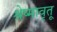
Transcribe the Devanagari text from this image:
श्रेष्मावृतू